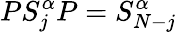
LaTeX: PS_{j}^{\alpha}P=S_{N-j}^{\alpha}